Scientific memoirs by medical officers of the Army of India - Part VI,
Year: 1891
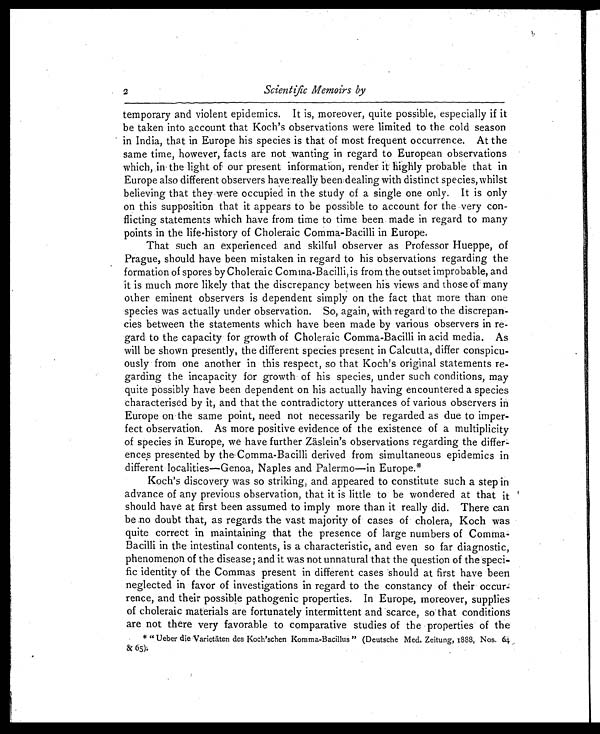
2
Scientific Memoirs by
temporary and violent epidemics. It is, moreover, quite possible, especially if it
be taken into account that Koch's observations were limited to the cold season
in India, that in Europe his species is that of most frequent occurrence. At the
same time, however, facts are not wanting in regard to European observations
which, in the light of our present information, render it highly probable that in
Europe also different observers have really been dealing with distinct species, whilst
believing that they were occupied in the study of a single one only. It is only
on this supposition that it appears to be possible to account for the very con-
flicting statements which have from time to time been made in regard to many
points in the life-history of Choleraic Comma-Bacilli in Europe.
That such an experienced and skilful observer as Professor Hueppe, of
Prague, should have been mistaken in regard to his observations regarding the
formation of spores by Choleraic Comma-Bacilli, is from the outset improbable, and
it is much more likely that the discrepancy between his views and those of' many
other eminent observers is dependent simply on the fact that more than one
species was actually under observation. So, again, with regard to the discrepan-
cies between the statements which have been made by various observers in re-
gard to the capacity for growth of Choleraic Comma-Bacilli in acid media. As
will be shown presently, the different species present in Calcutta, differ conspicu-
ously from one another in this respect, so that Koch's original statements re-
garding the incapacity for growth of his species, under such conditions, may
quite possibly have been dependent on his actually having encountered a species
characterised by it, and that the contradictory utterances of various observers in
Europe on the same point, need not necessarily be regarded as due to imper-
fect observation. As more positive evidence of the existence of a multiplicity
of species in Europe, we have further Zäslein's observations regarding the
differ-ence presented by the Comma-Bacilli derived from simultaneous epidemics in
different localities—Genoa, Naples and Palermo—in Europe.*
Koch's discovery was so striking, and appeared to constitute such a step in
advance of any previous observation, that it is little to be wondered at that it
should have at first been assumed to imply more than it really did. There can
be no doubt that, as regards the vast majority of cases of cholera, Koch was
quite correct in maintaining that the presence of large numbers of Comma-
Bacilli in the intestinal contents, is a characteristic, and even so far diagnostic,
phenomenon of the disease; and it was not unnatural that the question of the speci-
- fic identity of the Commas present in different cases should at first have been
neglected in favor of investigations in regard to the constancy of their occur-
rence, and their possible pathogenic properties. In Europe, moreover, supplies
of choleraic materials are fortunately intermittent and scarce, so that conditions
are not there very favorable to comparative studies of the properties of the
* " Ueber die Varietäten des Koch'schen Komma-Bacillus " (Deutsche Med. Zeitung, 1888, Nos. 64
& 65).